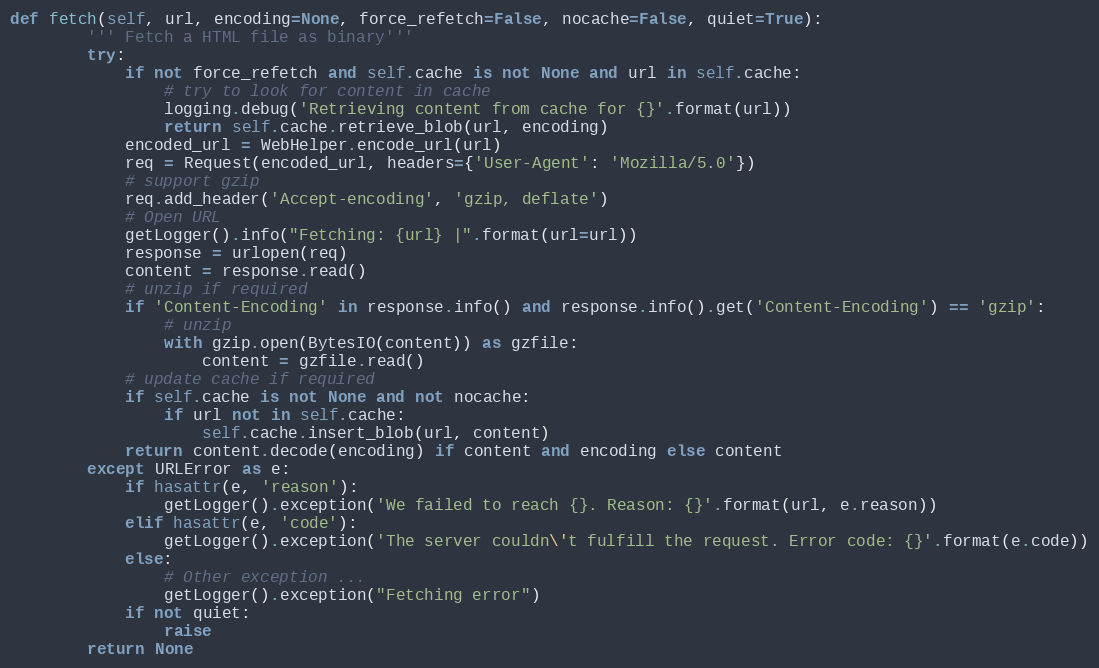
Language: Python
def fetch(self, url, encoding=None, force_refetch=False, nocache=False, quiet=True):
        ''' Fetch a HTML file as binary'''
        try:
            if not force_refetch and self.cache is not None and url in self.cache:
                # try to look for content in cache
                logging.debug('Retrieving content from cache for {}'.format(url))
                return self.cache.retrieve_blob(url, encoding)
            encoded_url = WebHelper.encode_url(url)
            req = Request(encoded_url, headers={'User-Agent': 'Mozilla/5.0'})
            # support gzip
            req.add_header('Accept-encoding', 'gzip, deflate')
            # Open URL
            getLogger().info("Fetching: {url} |".format(url=url))
            response = urlopen(req)
            content = response.read()
            # unzip if required
            if 'Content-Encoding' in response.info() and response.info().get('Content-Encoding') == 'gzip':
                # unzip
                with gzip.open(BytesIO(content)) as gzfile:
                    content = gzfile.read()
            # update cache if required
            if self.cache is not None and not nocache:
                if url not in self.cache:
                    self.cache.insert_blob(url, content)
            return content.decode(encoding) if content and encoding else content
        except URLError as e:
            if hasattr(e, 'reason'):
                getLogger().exception('We failed to reach {}. Reason: {}'.format(url, e.reason))
            elif hasattr(e, 'code'):
                getLogger().exception('The server couldn\'t fulfill the request. Error code: {}'.format(e.code))
            else:
                # Other exception ...
                getLogger().exception("Fetching error")
            if not quiet:
                raise
        return None